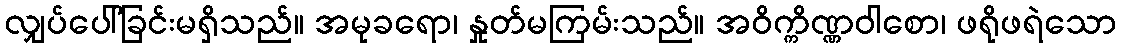
လျှပ်ပေါ်ခြင်းမရှိသည်။ အမုခရော၊ နှုတ်မကြမ်းသည်။ အဝိက္ကိဏ္ဏဝါစော၊ ဖရိုဖရဲသော